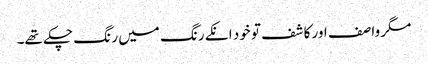
مگر وا صف اور کا شف تو خود انکے رنگ میں ر نگ چکے تھے۔